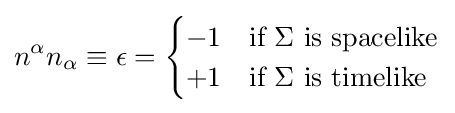
n^{\alpha }n_{\alpha }\equiv \epsilon ={\begin{cases}-1&{\text{if }}\Sigma {\text{ is spacelike}}\\+1&{\text{if }}\Sigma {\text{ is timelike}}\end{cases}}